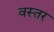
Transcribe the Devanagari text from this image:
वस्तर